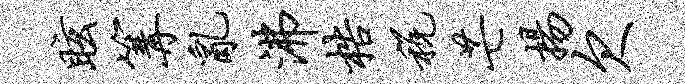
眩篝乱沸梏税芒扬欠